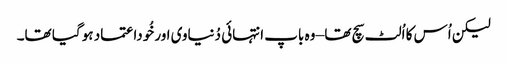
لیکن اُس کا اُلٹ سچ تھا – وہ باپ انتہائی دُنیاوی اور خُوداعتماد ہو گیا تھا۔